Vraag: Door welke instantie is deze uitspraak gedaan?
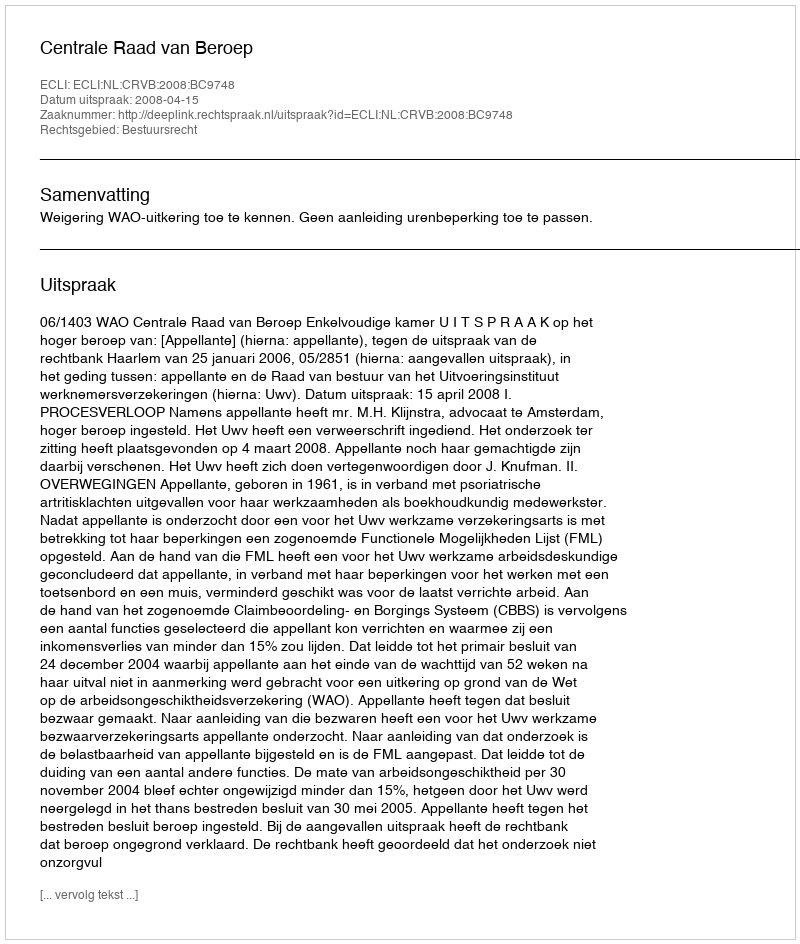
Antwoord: Centrale Raad van Beroep